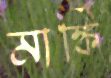
মাঙ্কি